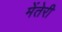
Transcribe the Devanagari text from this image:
मेंतेरी